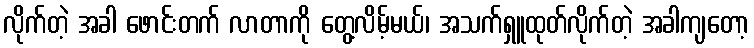
လိုက်တဲ့ အခါ ဖောင်းတက် လာတာကို တွေ့လိမ့်မယ်၊ အသက်ရှူထုတ်လိုက်တဲ့ အခါကျတော့